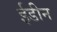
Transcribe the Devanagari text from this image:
ईडीन